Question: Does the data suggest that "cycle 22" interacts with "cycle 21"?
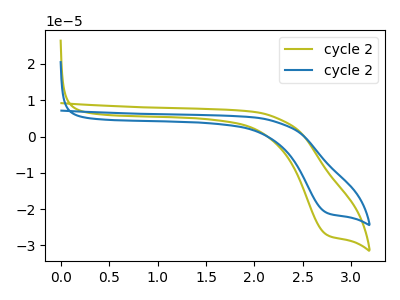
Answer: <think>The olive curve "cycle 21" has a cathodic peak at: (2.75V, -26.95uA). The blue curve "cycle 22" has a cathodic peak at: (2.75V, -20.90uA).
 All the peaks in "cycle 22" have a peak in "cycle 21" at the same potential. Every peak in "cycle 22" is lower than every peak in "cycle 21".</think>
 <answer>No, "cycle 22" and "cycle 21" don't appear to be significantly different in shape</answer>
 <eval>no_change</eval>